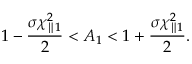
1 - \frac { \sigma \chi _ { \parallel 1 } ^ { 2 } } { 2 } < A _ { 1 } < 1 + \frac { \sigma \chi _ { \parallel 1 } ^ { 2 } } { 2 } .